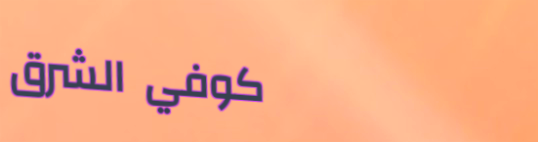
كوفي الشرق